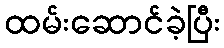
ထမ်းဆောင်ခဲ့ပြီး